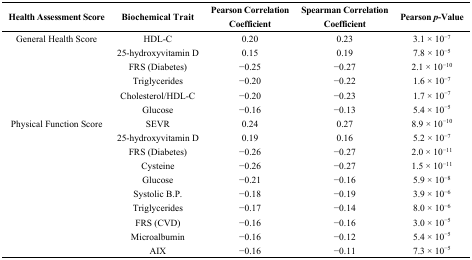
| Health Assessment Score | Biochemical Trait | Pearson Correlation Coefficient | Spearman Correlation Coefficient | Pearsonp-Value |
 | --- | --- | --- | --- | --- |
 | General Health Score | HDL-C | 0.20 | 0.23 | 3.1 × 10−7 |
 |  | 25-hydroxyvitamin D | 0.15 | 0.19 | 7.8 × 10−5 |
 |  | FRS (Diabetes) | −0.25 | −0.27 | 2.1 × 10−10 |
 |  | Triglycerides | −0.20 | −0.22 | 1.6 × 10−7 |
 |  | Cholesterol/HDL-C | −0.20 | −0.23 | 1.7 × 10−7 |
 |  | Glucose | −0.16 | −0.13 | 5.4 × 10−5 |
 | Physical Function Score | SEVR | 0.24 | 0.27 | 8.9 × 10−10 |
 |  | 25-hydroxyvitamin D | 0.19 | 0.16 | 5.2 × 10−7 |
 |  | FRS (Diabetes) | −0.26 | −0.27 | 2.0 × 10−11 |
 |  | Cysteine | −0.26 | −0.27 | 1.5 × 10−11 |
 |  | Glucose | −0.21 | −0.16 | 5.9 × 10−8 |
 |  | Systolic B.P. | −0.18 | −0.19 | 3.9 × 10−6 |
 |  | Triglycerides | −0.17 | −0.14 | 8.0 × 10−6 |
 |  | FRS (CVD) | −0.16 | −0.16 | 3.0 × 10−5 |
 |  | Microalbumin | −0.16 | −0.12 | 5.4 × 10−5 |
 |  | AIX | −0.16 | −0.11 | 7.3 × 10−5 |